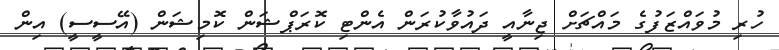
ހުރި މުވައްޒަފުގެ މައްޗަށް ޖިނާއީ ދައުވާކުރަން އެންޓި ކޮރަޕްޝަން ކޮމިޝަން (އޭސީސީ) އިން